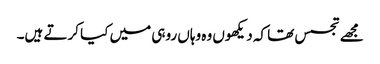
مجھے تجسس تھا کہ دیکھوں وہ وہاں روہی میں کیا کرتے ہیں۔